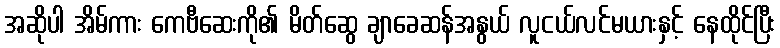
အဆိုပါ အိမ်ကား ကေဗီဆေးကို၏ မိတ်ဆွေ ချာခေဆန်အနွယ် လူငယ်လင်မယားနှင့် နေထိုင်ပြီး